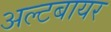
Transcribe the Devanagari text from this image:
अल्टबायर